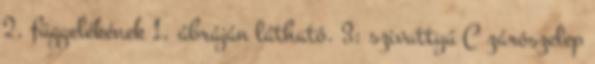
2. függelékének 1. ábráján látható. 3: szivattyú C zárószelep